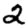
Digit: 2